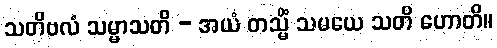
သတိဗလံ သမ္မာသတိ - အယံ တသ္မိံ သမယေ သတိ ဟောတိ။